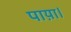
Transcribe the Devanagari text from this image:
पाय़ा।